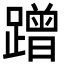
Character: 蹭